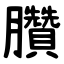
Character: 臢